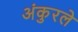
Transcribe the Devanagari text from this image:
अंकुरले